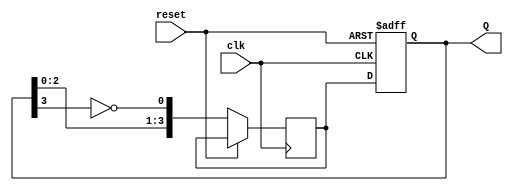
module johnson_counter (
  input clk,
  input reset,
  output reg [3:0] Q
);

reg [3:0] next_Q;

always @(posedge clk or posedge reset) begin
  if (reset) begin
    Q <= 4'b0000;
  end else begin
    next_Q[0] <= ~Q[3];
    next_Q[1] <= Q[0];
    next_Q[2] <= Q[1];
    next_Q[3] <= Q[2];
    Q <= next_Q;
  end
end

endmodule